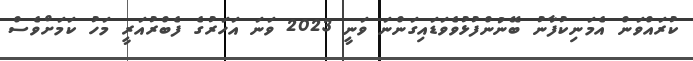
ކުރައްވަން އެމަނިކުފާނު ބޭނުންފުޅުވެވަޑައިގަންނަ ވަނީ 2023 ވަނަ އަހަރުގެ ފެބްރުއަރީ މަހު ކަމަށްވެސް